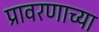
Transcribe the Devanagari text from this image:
प्रावरणाच्या